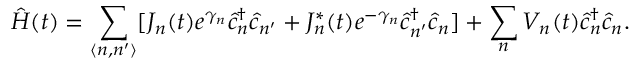
\hat { H } ( t ) = \sum _ { \langle n , n ^ { \prime } \rangle } [ J _ { n } ( t ) e ^ { \gamma _ { n } } \hat { c } _ { n } ^ { \dagger } \hat { c } _ { n ^ { \prime } } + J _ { n } ^ { * } ( t ) e ^ { - \gamma _ { n } } \hat { c } _ { n ^ { \prime } } ^ { \dagger } \hat { c } _ { n } ] + \sum _ { n } V _ { n } ( t ) \hat { c } _ { n } ^ { \dagger } \hat { c } _ { n } .